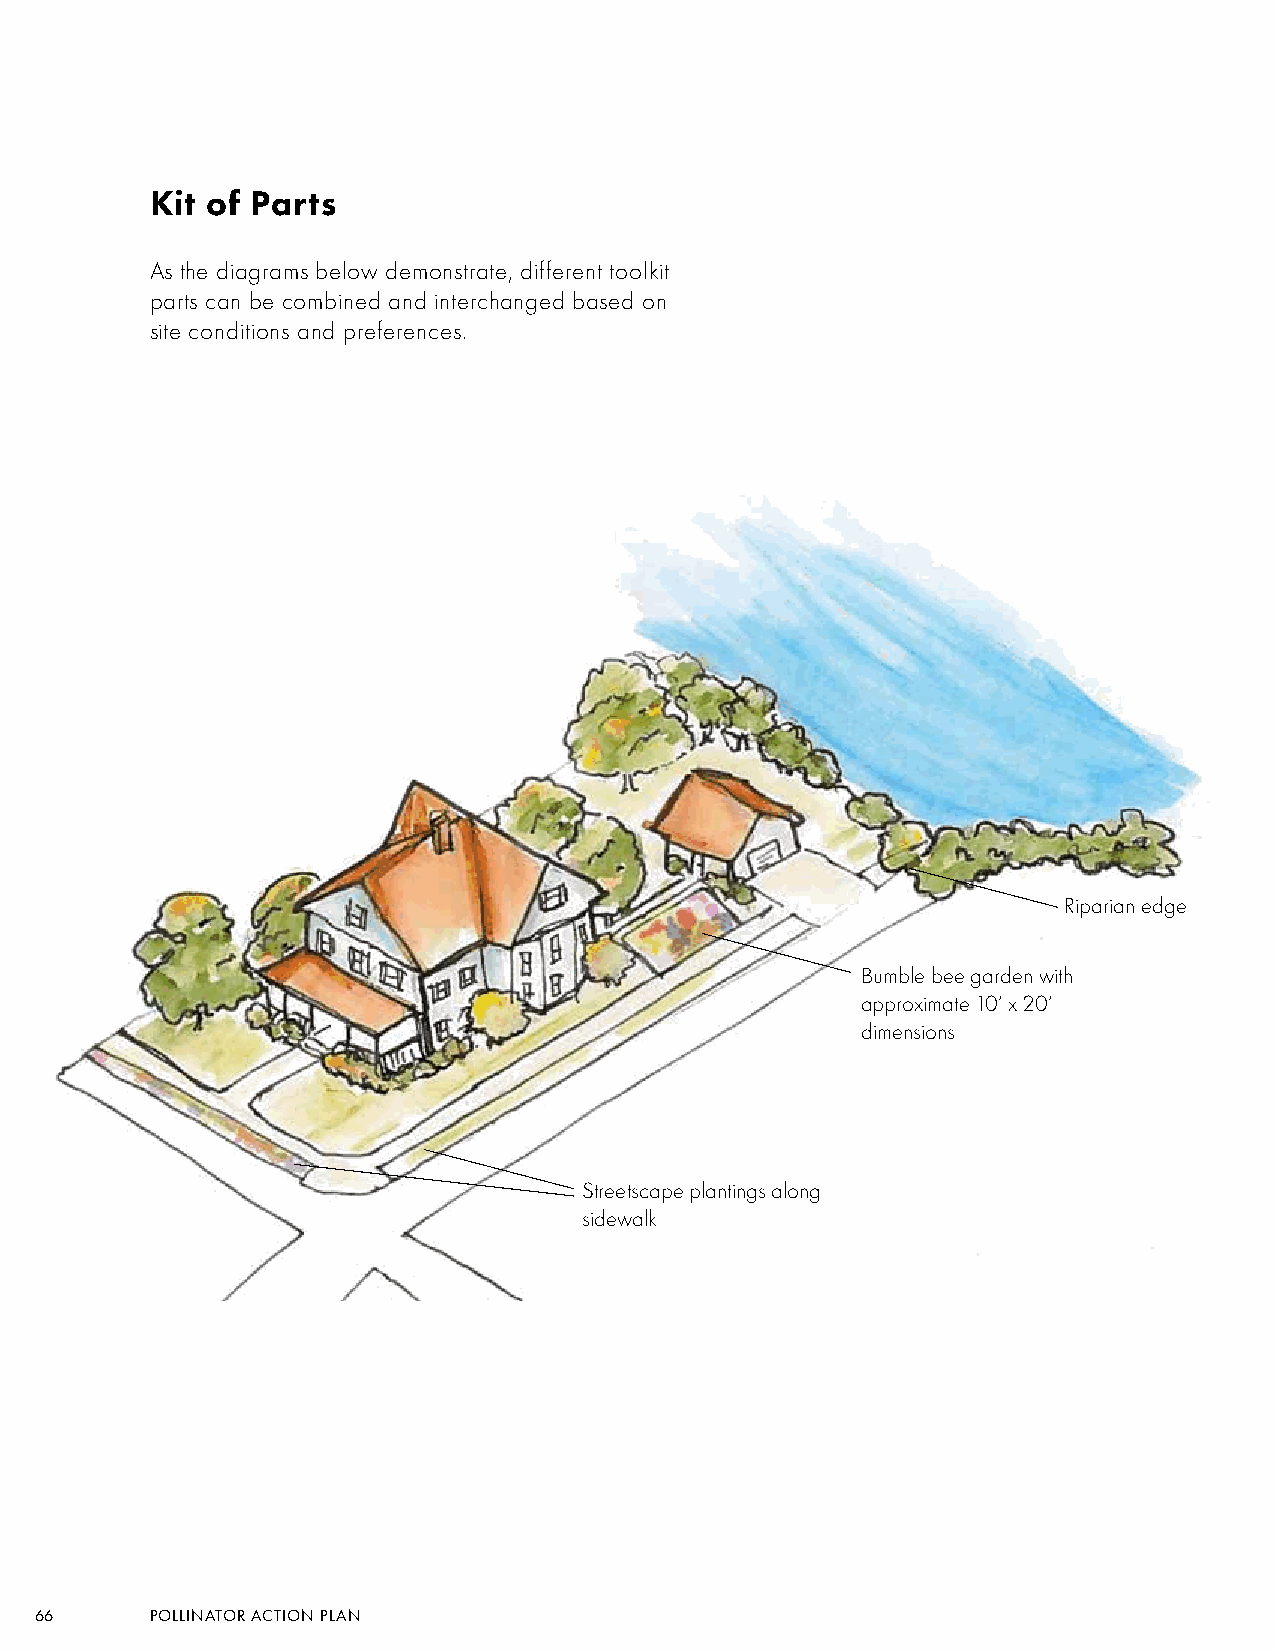
Kit of Parts
 As the diagrams below demonstrate, different toolkit
 parts can be combined and interchanged based on
 site conditions and preferences.
 Riparian edge
 Bumble bee garden with
 approximate 10’ x 20’
 dimensions
 Streetscape plantings along
 sidewalk
 66      POLLINATOR ACTION PLAN